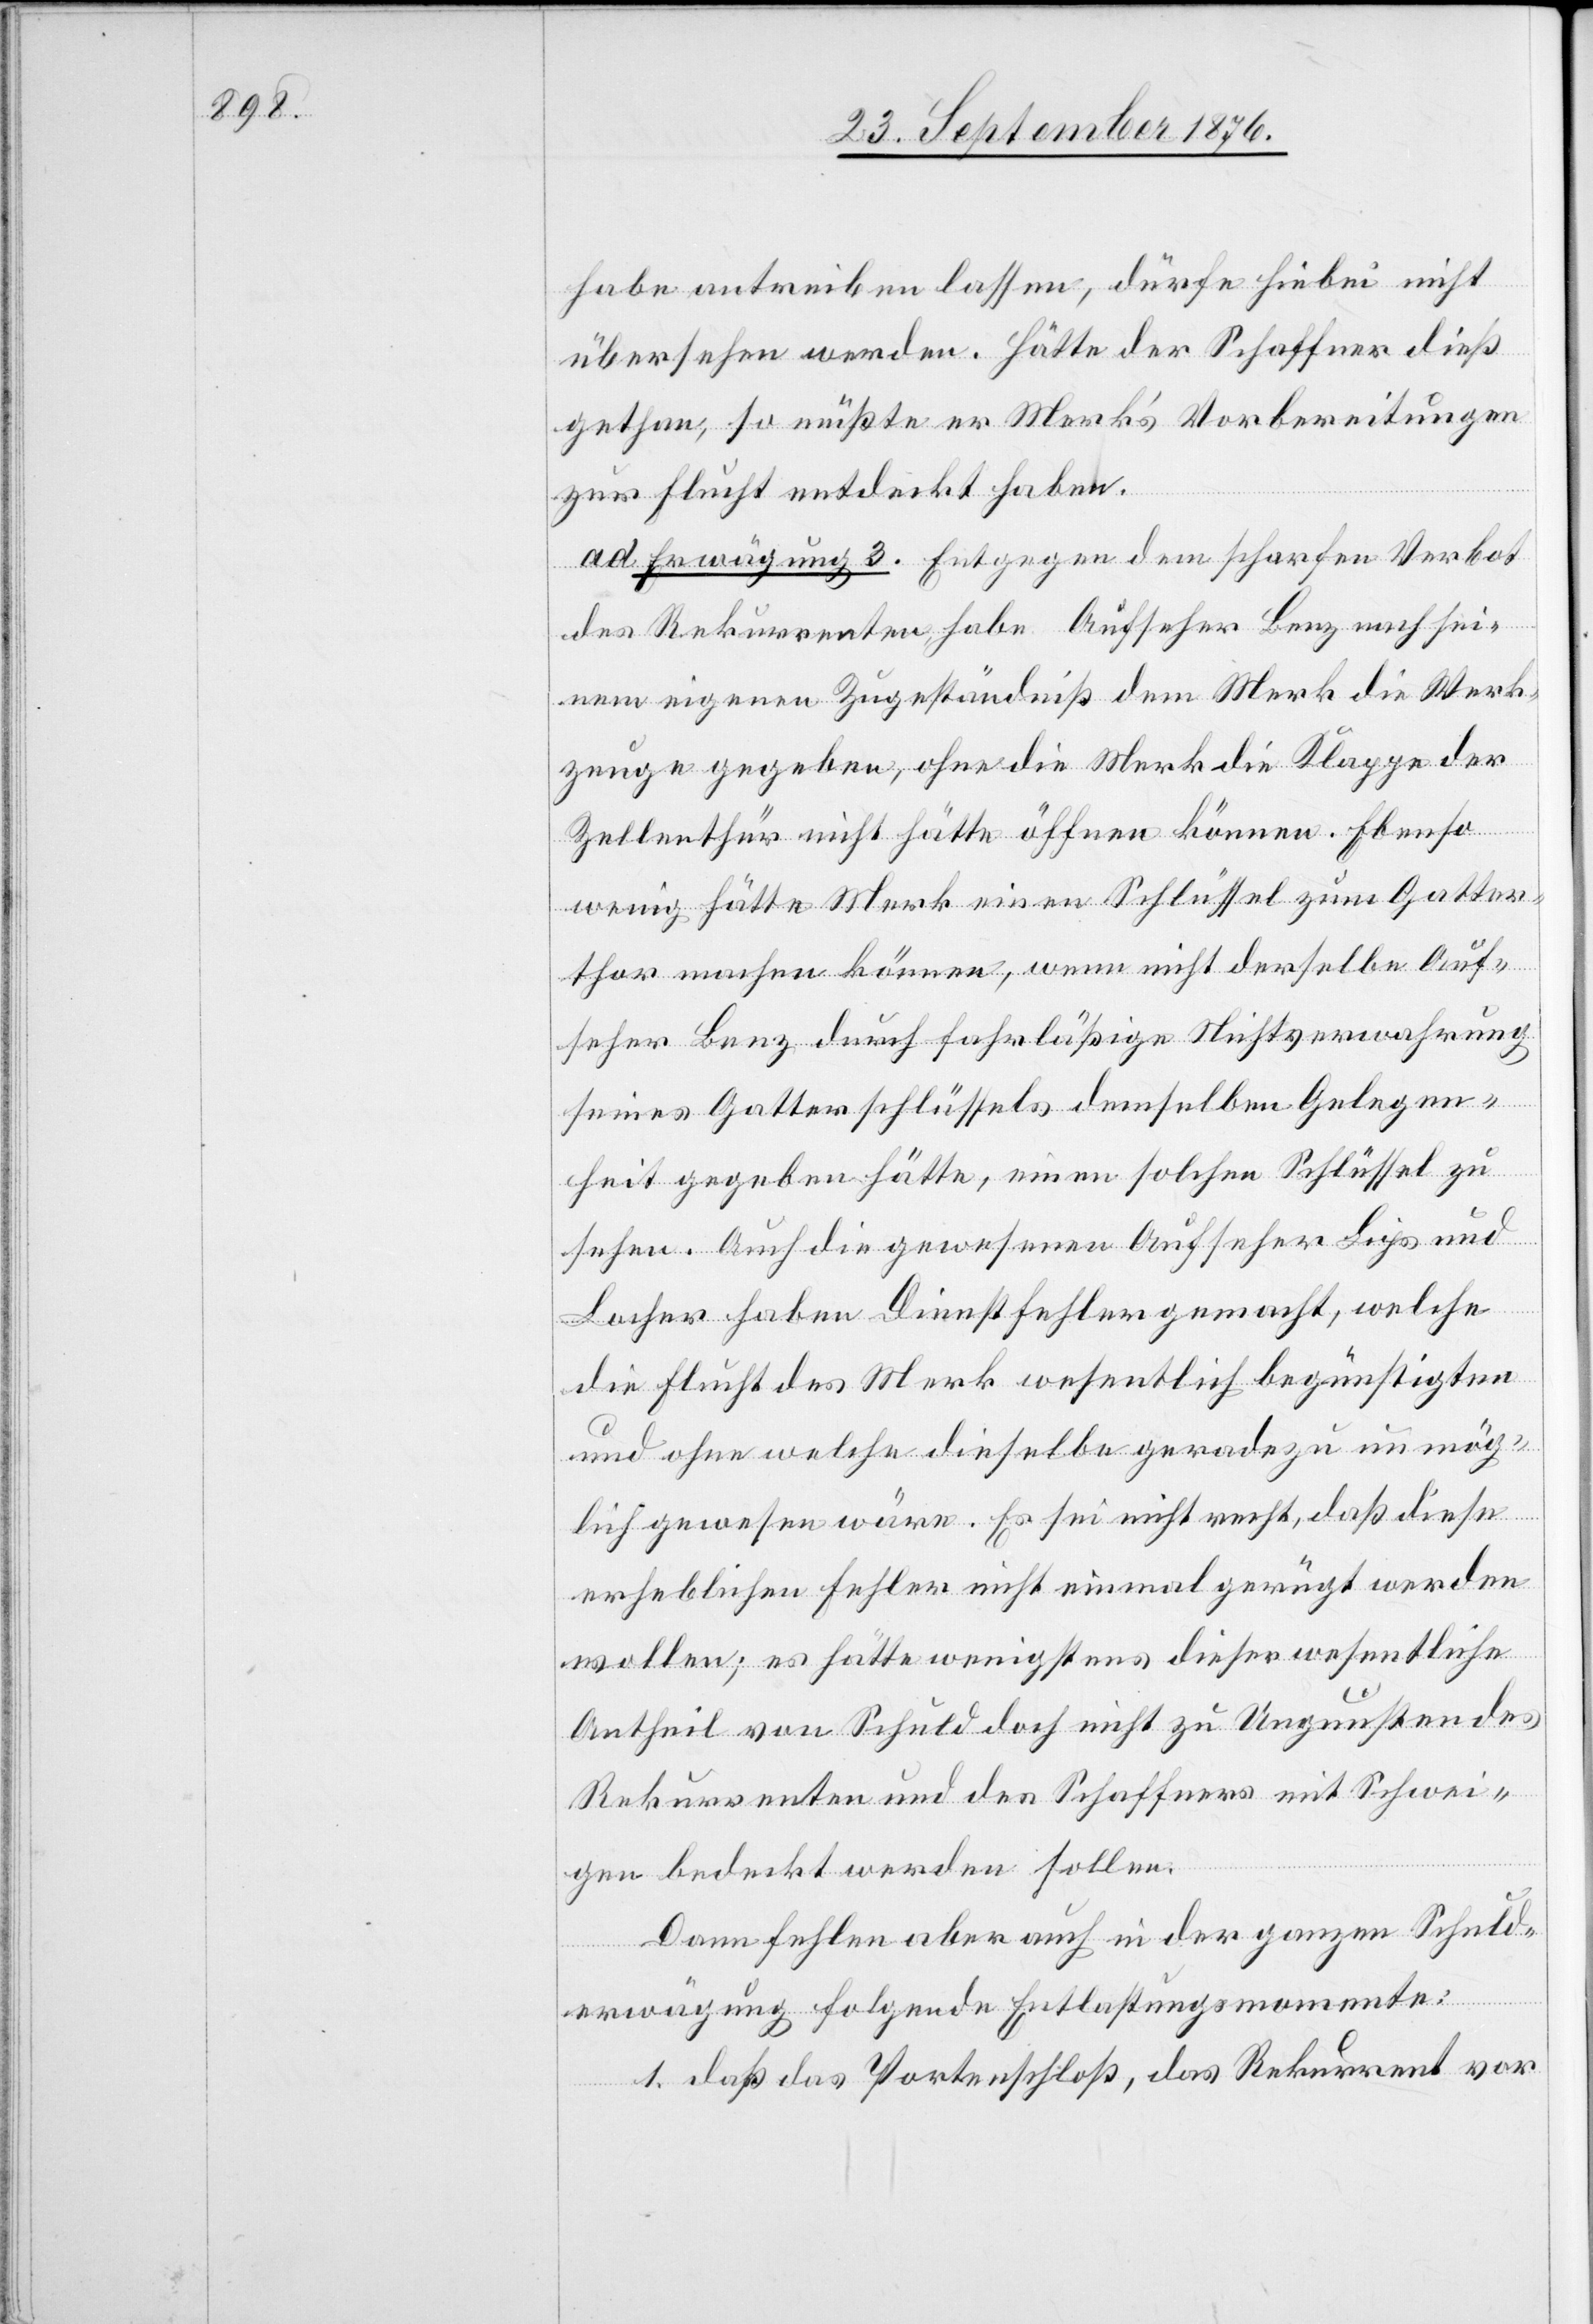
habe antreiben lassen, dürfe hiebei nicht
übersehen werden. Hätte der Schaffner dieß
gethan, so müßte er Merk’s Vorbereitungen
zur Flucht entdeckt haben.
d. Erwägung 3. [sic!] Entgegen dem scharfen Verbot
des Rekurrenten, habe Aufseher Benz nach sei¬
nem eigenen Zugeständniß dem Merk die Werk¬
zeuge gegeben, ohne die Merk die Klappe der
Zellenthür nicht hätte öffnen können. Ebenso
wenig hätte Merk einen Schlüssel zum Gatter¬
thor machen können, wenn nicht derselbe Auf¬
seher Benz durch fahrläßige Mitverwahrung
seines Gatterschlüssels demselben Gelegen¬
heit gegeben hätte, einen solchen Schlüssel zu
sehen. Auch die gewesenen Aufseher Lips und
Locher haben Dienstfehler gemacht, welche
die Flucht des Merk wesentlich begünstigten
und ohne welche dieselbe geradezu unmög¬
lich gewesen wäre. Es sei nicht recht, daß diese
erheblichen Fehler nicht einmal geprüft werden
wollen: es hätte wenigsten dieser wesentliche
Antheil von Schuld doch nicht zu Ungunsten des
Rekurrenten und des Schaffners mit Schwei¬
gen bedeckt werden sollen.
Dann fehlen aber auch in der ganzen Schuld¬
a.
erwägung folgende Entlastungsmomente:
1. daß das Portenschloß, das Rekurrent vor